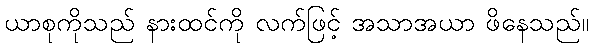
ယာစုကိုသည် နားထင်ကို လက်ဖြင့် အသာအယာ ဖိနေသည်။